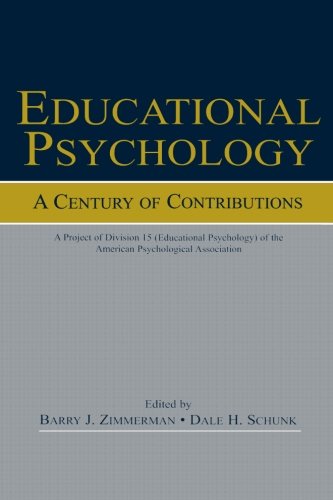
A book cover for Educational Psychology: A Century of Contributions: A Project of Division 15 (educational Psychology) of the American Psychological Society; Medical Books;